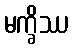
မက္ခိဿ